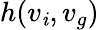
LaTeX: h(v_{\mathit{i}},v_{g})